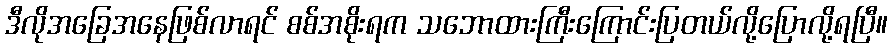
ဒီလိုအခြေအနေဖြစ်လာရင် စစ်အစိုးရက သဘောထားကြီးကြောင်းပြတယ်လို့ပြောလို့ရပြီ။